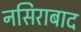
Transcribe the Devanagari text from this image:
नसिराबाद